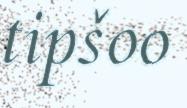
tipšoo